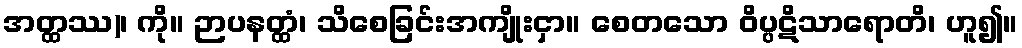
အတ္ထဿ)၊ ကို။ ဉာပနတ္ထံ၊ သိစေခြင်းအကျိုးငှာ။ စေတသော ဝိပ္ပဋိသာရောတိ၊ ဟူ၍။